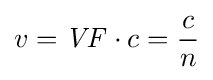
v={\mathit {VF}}\cdot c={c \over n}